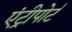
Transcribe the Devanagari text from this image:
एंट्रीपोर्ट